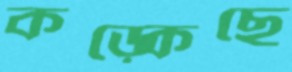
কড়্‌কেছে